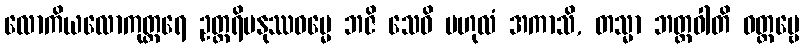
လောကိယလောကုတ္တရေ ဥတ္တရိမနုဿဓမ္မေ ဘဇိ သေဝိ ဗဟုလံ အကာသိ, တသ္မာ ဘတ္တဝါတိ ဝတ္တဗ္ဗေ